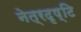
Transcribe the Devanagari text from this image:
नेत्रदृष्टि